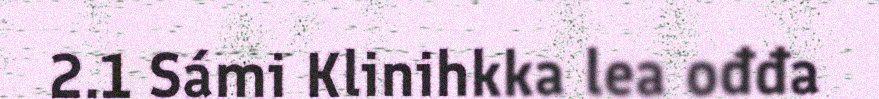
2.1 Sámi Klinihkka lea ođđa